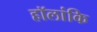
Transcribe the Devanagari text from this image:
हॉलांकि